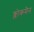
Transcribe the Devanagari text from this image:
क्लोकमैन